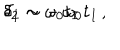
\: \delta _ { 1 } \sim - \, \omega _ { 0 } t _ { I } \, , \hspace { 0 . 3 c m } \delta _ { 2 } \sim \omega _ { 0 } t _ { I } \, . \: